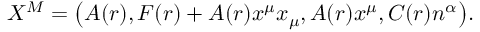
X ^ { M } = \left( A ( r ) , F ( r ) + A ( r ) x ^ { \mu } x _ { \mu } , A ( r ) x ^ { \mu } , C ( r ) n ^ { \alpha } \right) \! .